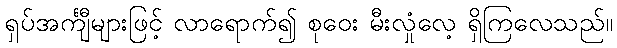
ရှပ်အင်္ကျီများဖြင့် လာရောက်၍ စုဝေး မီးလှုံလေ့ ရှိကြလေသည်။